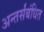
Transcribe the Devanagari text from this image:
अन्तर्संबंधित